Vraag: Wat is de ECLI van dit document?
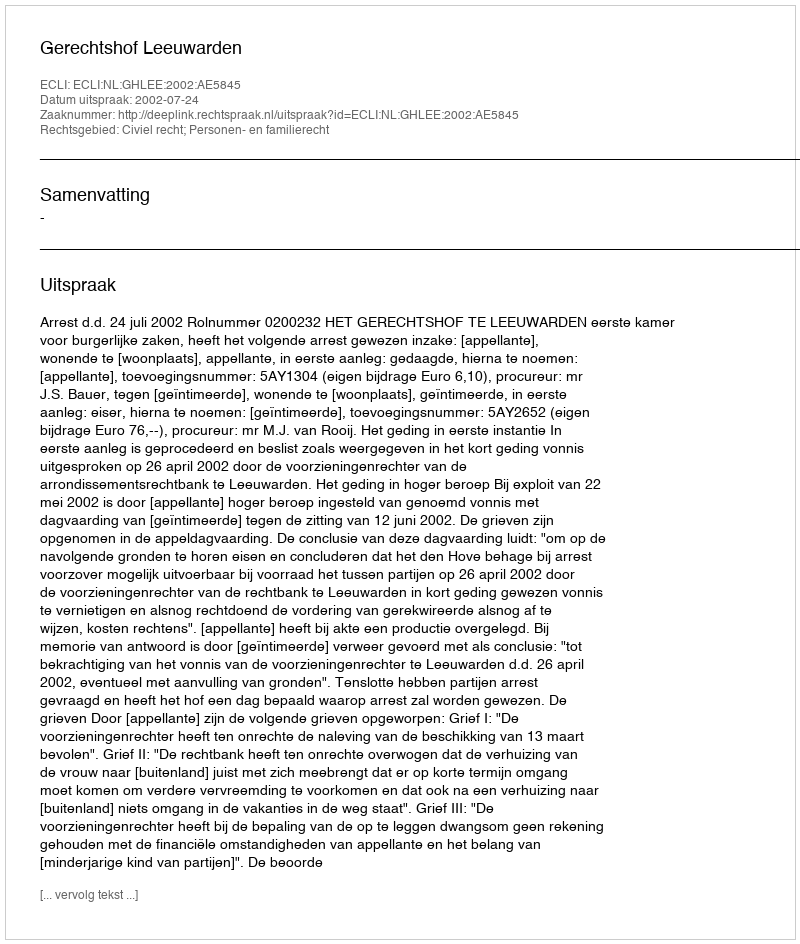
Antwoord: ECLI:NL:GHLEE:2002:AE5845